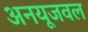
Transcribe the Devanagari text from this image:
अनयूजवल